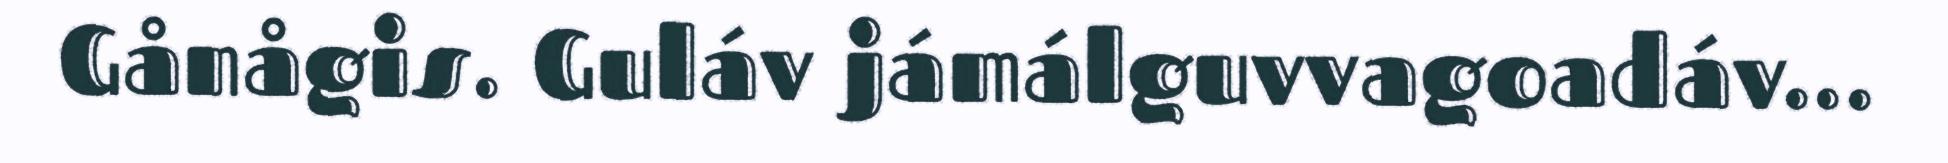
Gånågis. Guláv jámálguvvagoadáv...